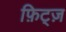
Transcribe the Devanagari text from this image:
फ़िट्ज़